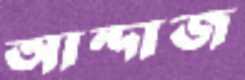
আন্দাজ